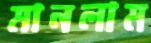
মানলাম